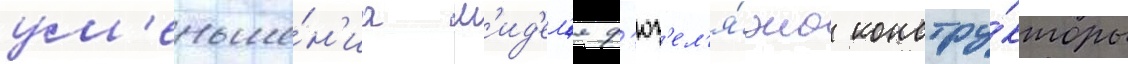
ум'еньше́н'иа м'ид'ел'я ф'юз'ел'я́жа констру́кторы